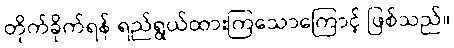
တိုက်ခိုက်ရန် ရည်ရွယ်ထားကြသောကြောင့် ဖြစ်သည်။